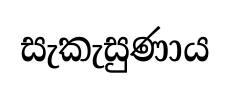
සැකැසුණාය